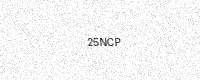
Text: 25NCP